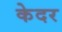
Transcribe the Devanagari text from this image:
केदर